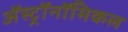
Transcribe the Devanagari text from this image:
अॅस्ट्रॉनॉमिकल